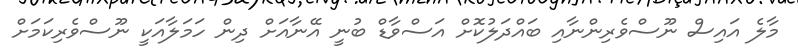
މާލެ އައިސް ނޫސްވެރިންނާއި ބައްދަލުކޮށް އަސްވާޑް ބުނީ އޭނާއަށް ދިން ހަމަލާއަކީ ނޫސްވެރިކަމަށް